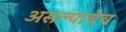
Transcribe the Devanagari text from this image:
असल्याचेच